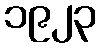
၁၉၂၃